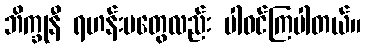
ဘိက္ခုနီ ရဟန်းမတွေလည်း ပါဝင်ကြပါတယ်။